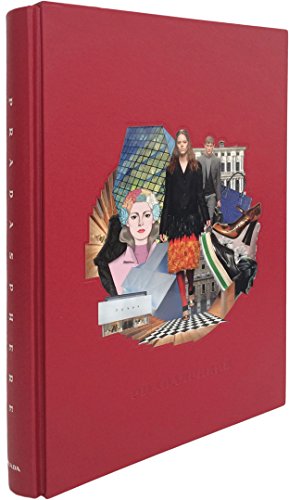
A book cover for Pradasphere; Prada; Arts & Photography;